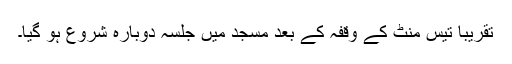
تقریباً تیس منٹ کے وقفہ کے بعد مسجد میں جلسہ دوبارہ شروع ہو گیا۔